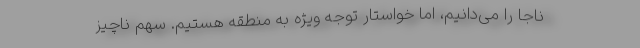
ناجا را می‌دانیم، اما خواستار توجه ویژه به منطقه هستیم. سهم ناچیز